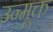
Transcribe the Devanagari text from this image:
उन्मूक्त